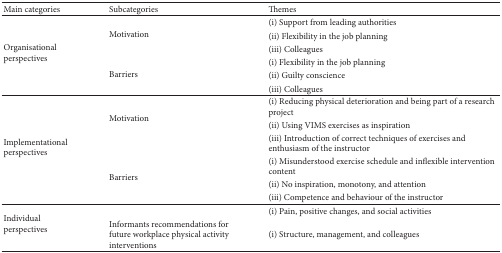
| Main categories | Subcategories | Themes |
 | --- | --- | --- |
 | <ROWSPAN=6> Organisational perspectives | <ROWSPAN=3> Motivation | (i) Support from leading authorities |
 | (ii) Flexibility in the job planning |
 | (iii) Colleagues |
 | <ROWSPAN=3> Barriers | (i) Flexibility in the job planning |
 | (ii) Guilty conscience |
 | (iii) Colleagues |
 | <ROWSPAN=6> Implementational perspectives | <ROWSPAN=3> Motivation | (i) Reducing physical deterioration and being part of a research project |
 | (ii) Using VIMS exercises as inspiration |
 | (iii) Introduction of correct techniques of exercises and enthusiasm of the instructor |
 | <ROWSPAN=3> Barriers | (i) Misunderstood exercise schedule and inflexible intervention content |
 | (ii) No inspiration, monotony, and attention |
 | (iii) Competence and behaviour of the instructor |
 | <ROWSPAN=2> Individual perspectives |  | (i) Pain, positive changes, and social activities |
 | Informants recommendations for future workplace physical activity interventions | (i) Structure, management, and colleagues |